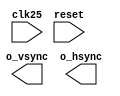
module vga_640_480(
  clk25,
  reset,

  o_vsync,
  o_hsync
);

  input clk25;
  input reset;

  output reg o_vsync;
  output reg o_hsync;

  reg [10:0] counter_x;
  reg [10:0] counter_y;

  always@(posedge clk25) begin
  end

endmodule